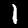
Label: 1